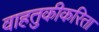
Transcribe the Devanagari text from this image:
वाहतुकीकरिता